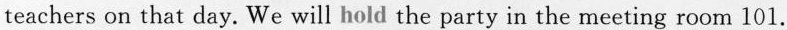
teachers on that day. We will hold the party in the meeting room 101.